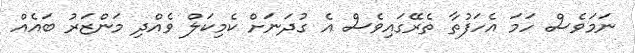
ނަމަވެސް ހަމަ އެހަފުތާ ތެރޭގައިވެސް އެ ގުދަނަށް ކެމިކަލް ވެއްދި މަންޒަރު ބައެއް